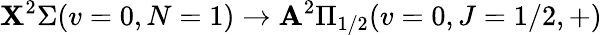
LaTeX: \mathbf{X}^{2}\Sigma(v=0,N=1)\rightarrow\mathbf{A}^{2}\Pi_{1/2}(v=0,J=1/2,+)